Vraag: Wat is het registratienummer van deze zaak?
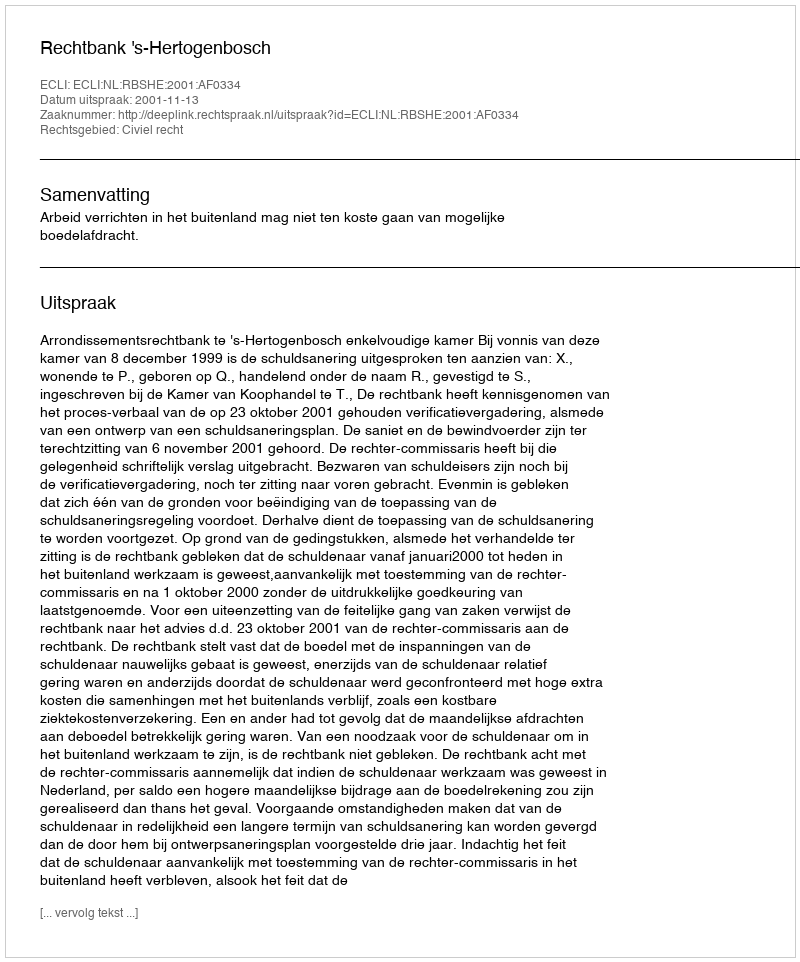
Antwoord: http://deeplink.rechtspraak.nl/uitspraak?id=ECLI:NL:RBSHE:2001:AF0334